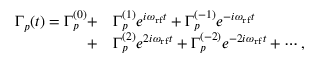
\begin{array} { r l } { \Gamma _ { p } ( t ) = \Gamma _ { p } ^ { ( 0 ) } + } & { \Gamma _ { p } ^ { ( 1 ) } e ^ { i \omega _ { \mathrm { r f } } t } + \Gamma _ { p } ^ { ( - 1 ) } e ^ { - i \omega _ { \mathrm { r f } } t } } \\ { + } & { \Gamma _ { p } ^ { ( 2 ) } e ^ { 2 i \omega _ { \mathrm { r f } } t } + \Gamma _ { p } ^ { ( - 2 ) } e ^ { - 2 i \omega _ { \mathrm { r f } } t } + \cdots , } \end{array}